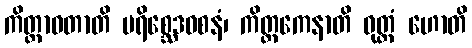
ကိတ္တာဝတာတိ ပရိစ္ဆေဒဝစနံ၊ ကိတ္တကေနာတိ ဝုတ္တံ ဟောတိ